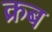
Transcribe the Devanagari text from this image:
क्रब